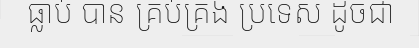
ធ្លាប់ បាន គ្រប់គ្រង ប្រទេស ដូចជា